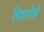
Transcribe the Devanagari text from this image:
चिडलेले